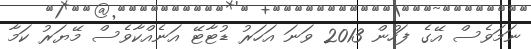
ނަމަވެސް އޭގެ ފަހުން 2013 ވަނަ އަހަރު ޑުޓާޓޭ އަނެއްކާވެސް މޭޔަރު ކަމާ